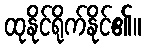
ထုနိုင်ရိုက်နိုင်၏။